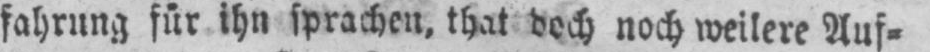
fahrung für ihn sprachen, that doch noch weitere Auf⸗